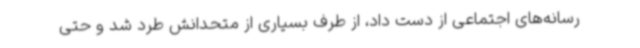
رسانه‌های اجتماعی از دست داد، از طرف بسیاری از متحدانش طرد شد و حتی